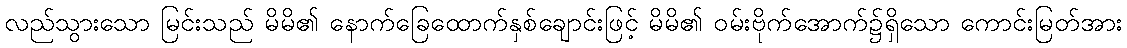
လည်သွားသော မြင်းသည် မိမိ၏ နောက်ခြေထောက်နှစ်ချောင်းဖြင့် မိမိ၏ ဝမ်းဗိုက်အောက်၌ရှိသော ကောင်းမြတ်အား